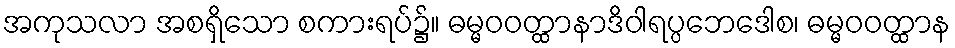
အကုသလာ အစရှိသော စကားရပ်၌။ ဓမ္မဝဝတ္ထာနာဒိဝါရပ္ပဘေဒေါစ၊ ဓမ္မဝဝတ္ထာန